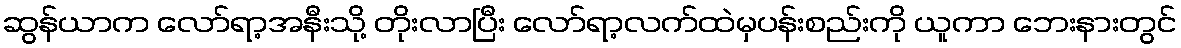
ဆွန်ယာက လော်ရာ့အနီးသို့ တိုးလာပြီး လော်ရာ့လက်ထဲမှပန်းစည်းကို ယူကာ ဘေးနားတွင်